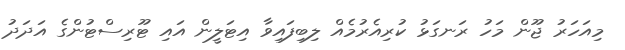
މިއަހަރު ޖޫން މަހު ރަނގަޅު ކުރިއެރުމެއް ލިބިފައިވާ އިޓަލީން އައި ޓޫރިސްޓުންގެ އަދަދު